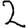
Digit: 2